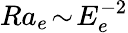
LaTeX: Ra_{e}\! \sim\! E_{e}^{-2}